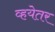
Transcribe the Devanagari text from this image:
व्हयेतर